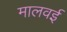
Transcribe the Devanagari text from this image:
मालवई